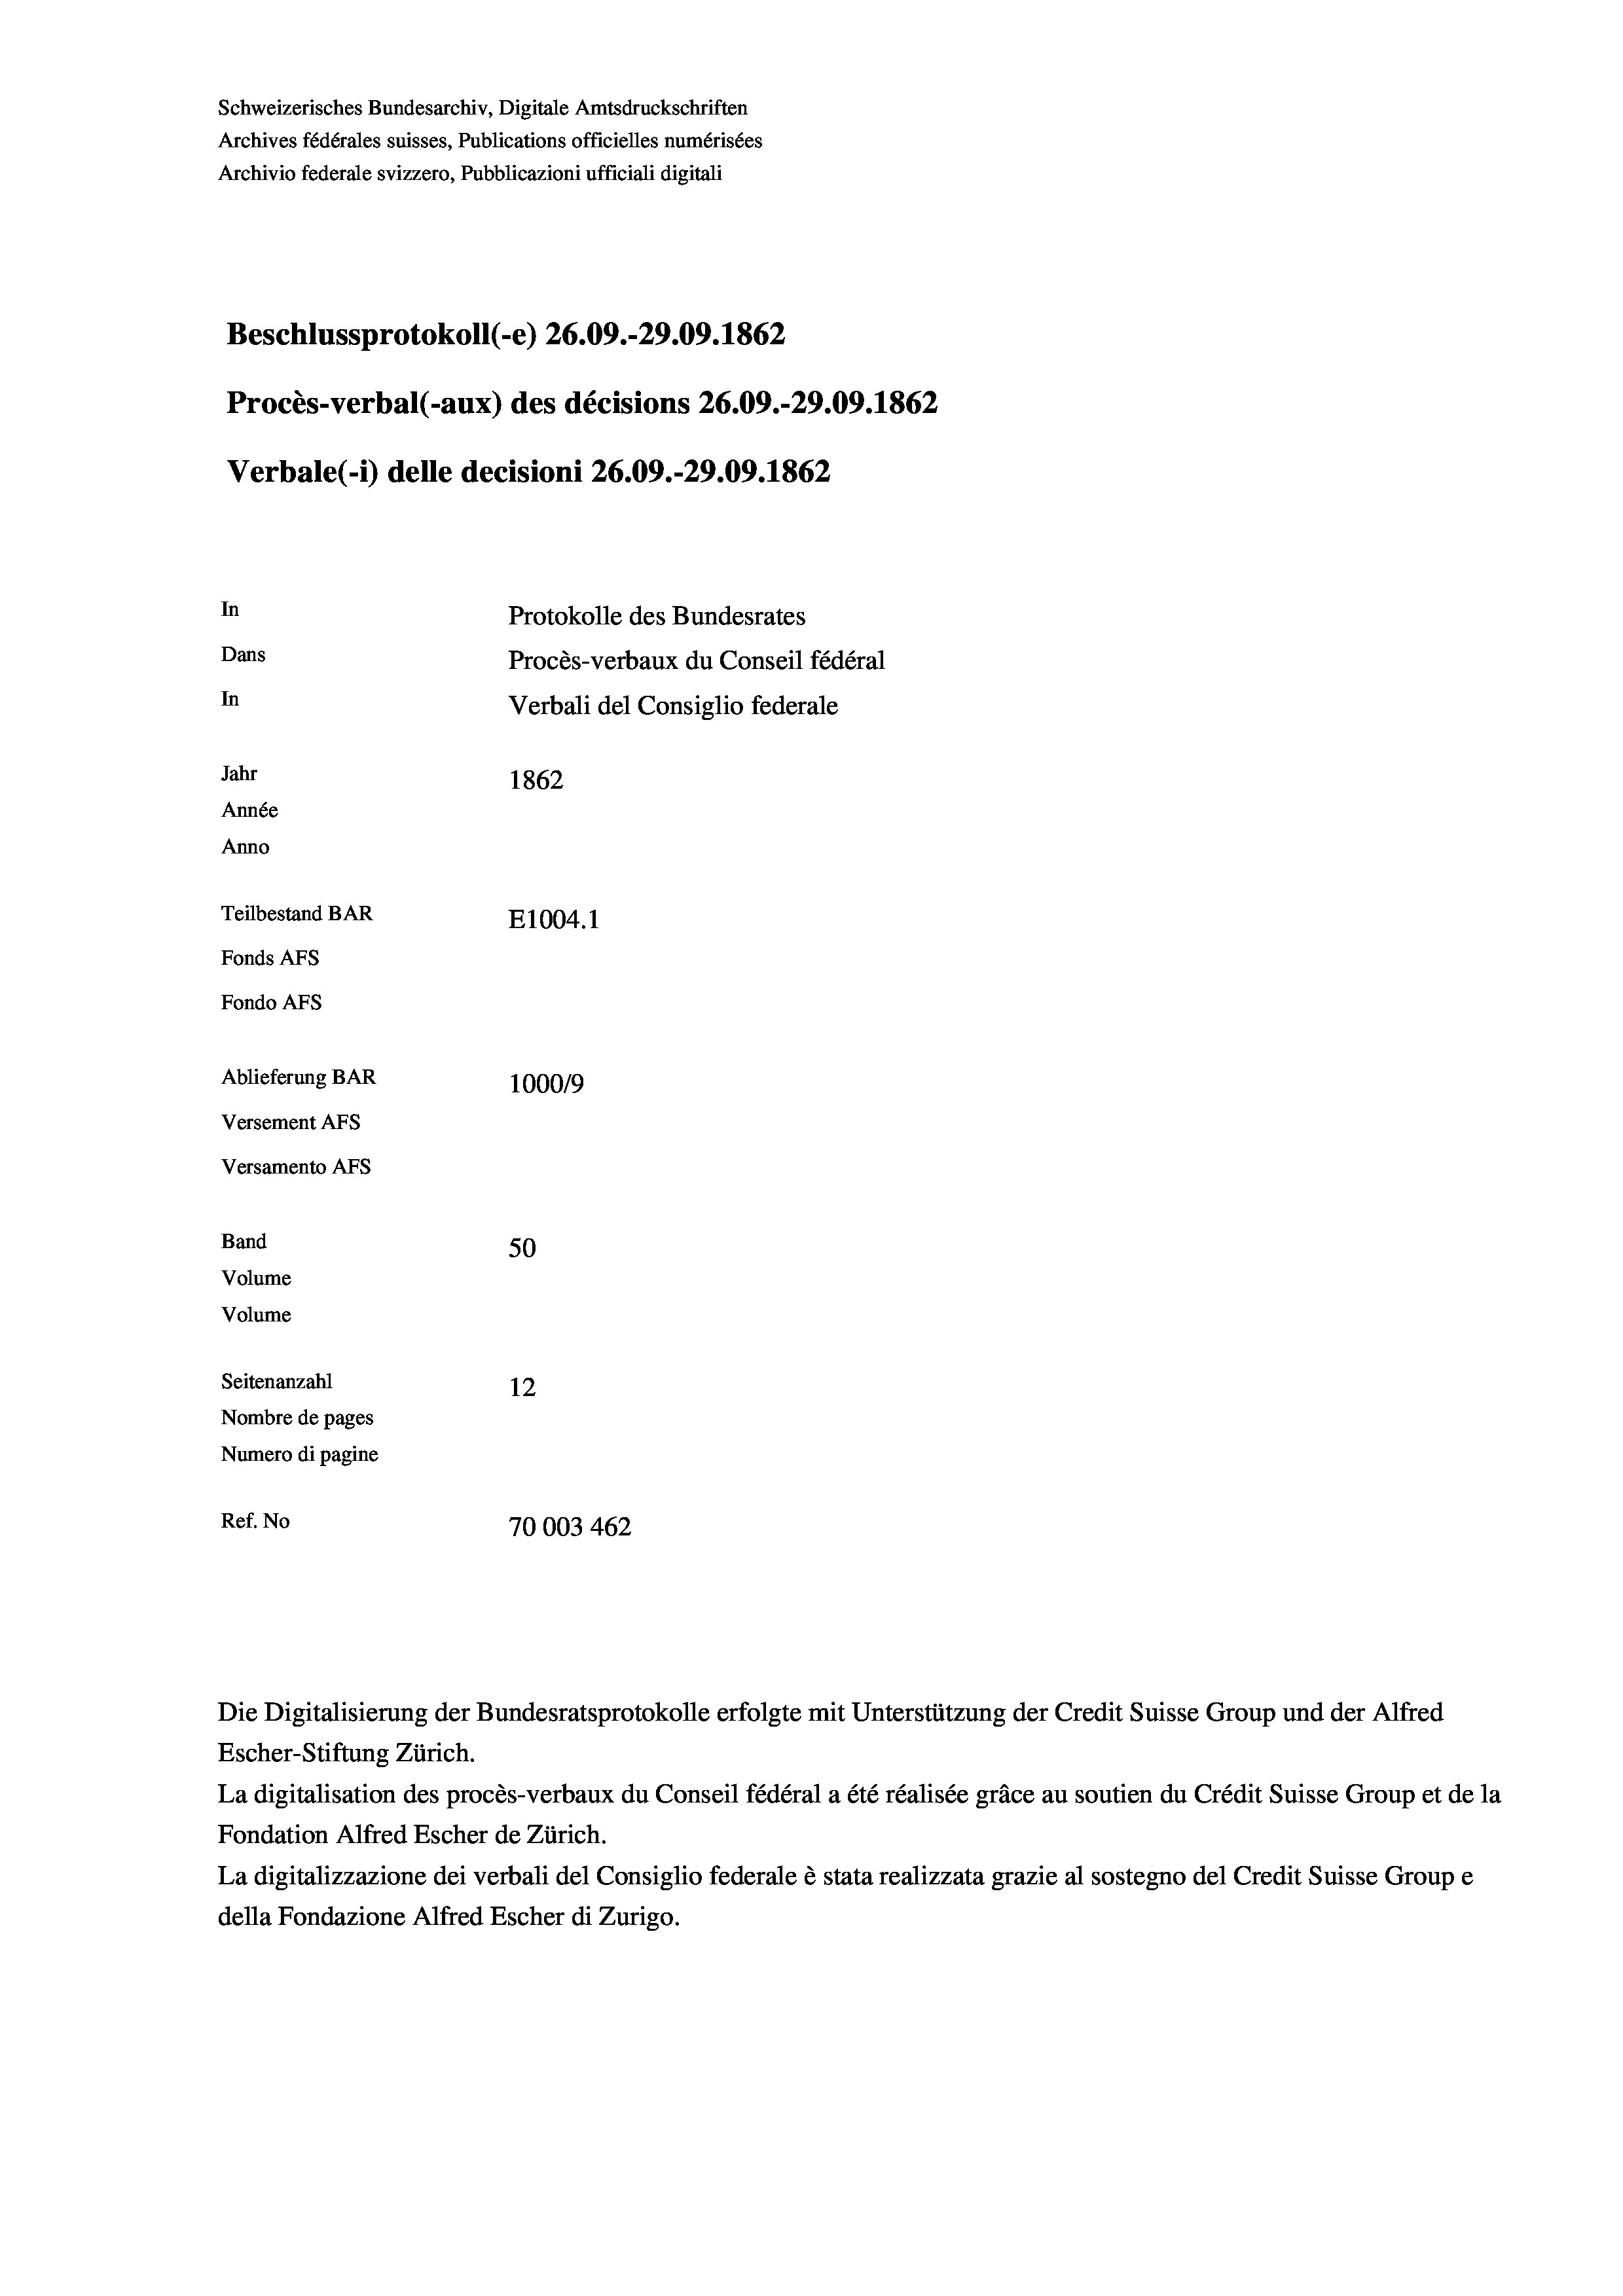
Beschlussprotokoll (-e) 26.09.-29.09. 1862
Procès-verbal (-aux) des décisions 26.09.-29.09. 1862
Verbale (i) delle decisioni 26.09.-29.09. 1862
In
Protokolle des Bundesrates
Dans
Procès-verbaux du Conseil fédéral
In
Verbali del Consiglio federale
Jahr
1862
Année
Anno
Teilbestand BAR
E1004. 1
Fonds AFs
Fondo Afs
Ablieferung BAR
100019
Versement AFs
Versamento AFs

Band
Volume
Volume

50
Seitenanzahl
12
Nombre de pages
Numero di pagine
Ref. No
70003462

Schweizerisches Bundesarchiv, Digitale Amtsdruckschriften
Archives fédérales suisses, Publications officielles numérisées
Archivio federale svizzero, Pubblicazioni ufficiali digitali

Escher-Stiftung Zürich.
La digitalisation des procès-verbaux du Conseil fédéral a été réalisée gräce au soutien du Crédit Suisse Group et de la
Fondation Alfred Escher de Zürich.
La digitalizzazione dei verbali del Consiglio federale è stata realizzata grazie al sostegno del Credit Suisse Groupe
della Fondazione Alfred Escher di Zurigo.

Die Digitalisierung der Bundesratsprotokolle erfolgte mit Unterstützung der Credit Suisse Group und der Alfred